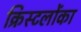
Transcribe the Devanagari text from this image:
क्रिस्टलोंका